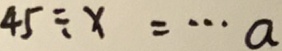
4 5 \div x = \cdots a